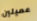
عميلين